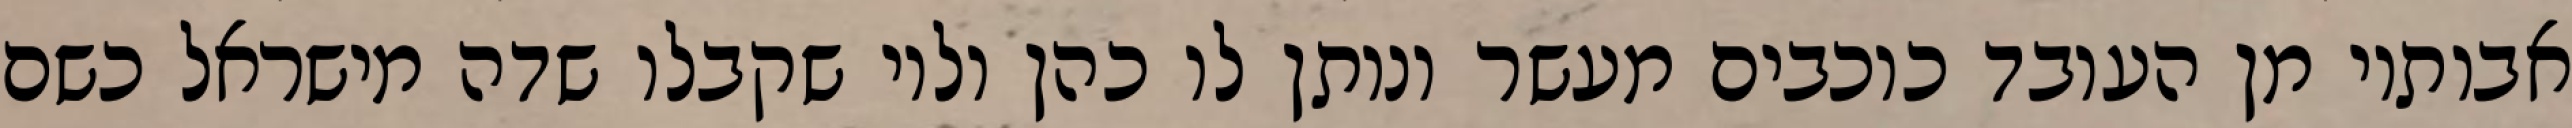
אבותיו מן העובד כוכבים מעשר ונותן לו כהן ולוי שקבלו שדה מישראל כשם